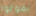
يموتوا